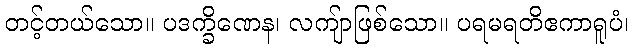
တင့်တယ်သော။ ပဒက္ခိဏေန၊ လကျ်ာဖြစ်သော။ ပရမရတိဧကာရူပံ၊